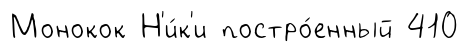
Монокок Н'и́к'и постро́енный 410